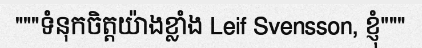
"""ទំនុកចិត្តយ៉ាងខ្លាំង Leif Svensson, ខ្ញុំ"""